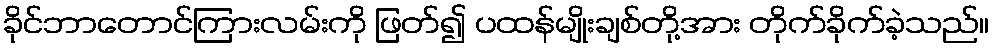
ခိုင်ဘာတောင်ကြားလမ်းကို ဖြတ်၍ ပထန်မျိုးချစ်တို့အား တိုက်ခိုက်ခဲ့သည်။